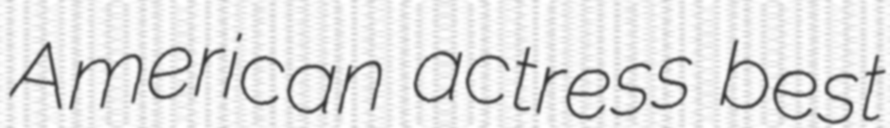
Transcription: American actress best